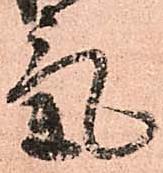
氣